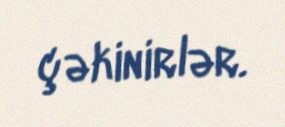
çəkinirlər.